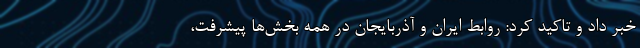
خبر داد و تاکید کرد: روابط ایران و آذربایجان در همه بخش‌ها پیشرفت،